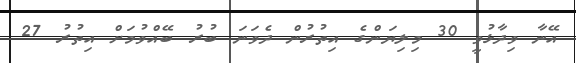
އޭނާ ވިދާޅުވީ 30 މިލިޔަންގެ އިތުރުން ދެވަނަ ބުރު ބޭއްވުމަށް އިތުރު 27